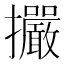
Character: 𢺘